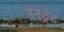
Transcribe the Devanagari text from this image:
पेनेट्रेट